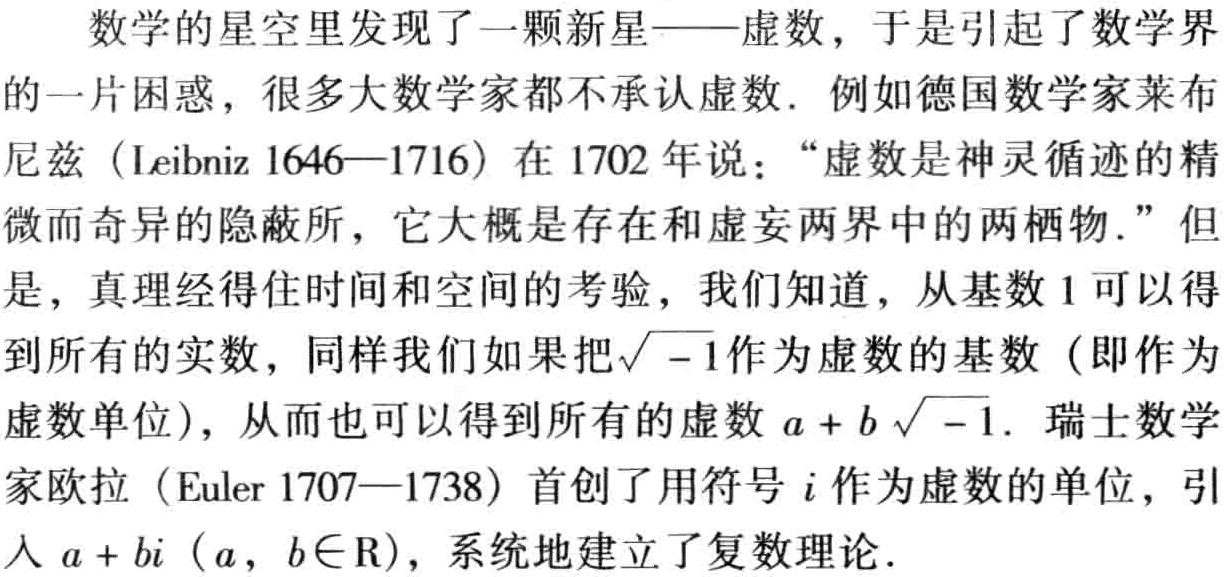
数学的星空里发现了一颗新星——虚数，于是引起了数学界的一片困惑，很多大数学家都不承认虚数. 例如德国数学家莱布尼兹（Leibniz 1646—1716）在 1702 年说：“虚数是神灵循迹的精微而奇异的隐蔽所，它大概是存在和虚妄两界中的两栖物.” 但是，真理经得住时间和空间的考验，我们知道，从基数 1 可以得到所有的实数，同样我们如果把$\sqrt{-1}$作为虚数的基数（即作为虚数单位），从而也可以得到所有的虚数$a + b\sqrt{-1}$. 瑞士数学家欧拉（Euler 1707—1738）首创了用符号$i$作为虚数的单位，引入$a + bi$（$a$，$b\in\mathbb{R}$），系统地建立了复数理论.